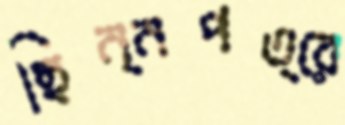
ছিন্নপত্রে